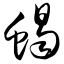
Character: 蝎